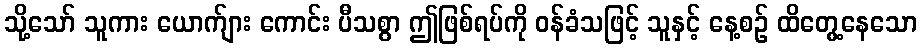
သို့သော် သူကား ယောက်ျား ကောင်း ပီသစွာ ဤဖြစ်ရပ်ကို ဝန်ခံသဖြင့် သူနှင့် နေ့စဉ် ထိတွေ့နေသော